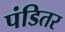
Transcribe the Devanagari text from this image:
पंडितर